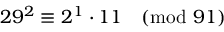
2 9 ^ { 2 } \equiv 2 ^ { 1 } \cdot 1 1 { \pmod { 9 1 } }